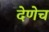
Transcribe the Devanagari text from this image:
देणेच